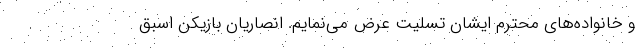
و خانواده‌های محترم ایشان تسلیت عرض می‌نمایم. انصاریان بازیکن اسبق